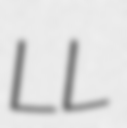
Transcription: LL